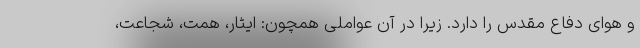
و هوای دفاع مقدس را دارد. زیرا در آن عواملی همچون: ایثار، همت، شجاعت،